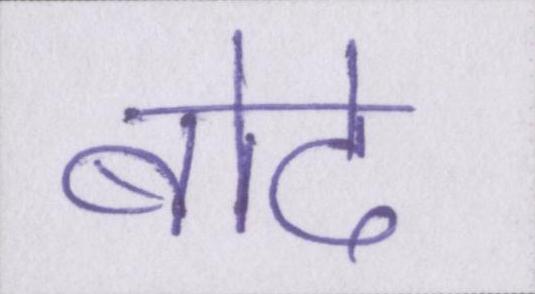
बोदे